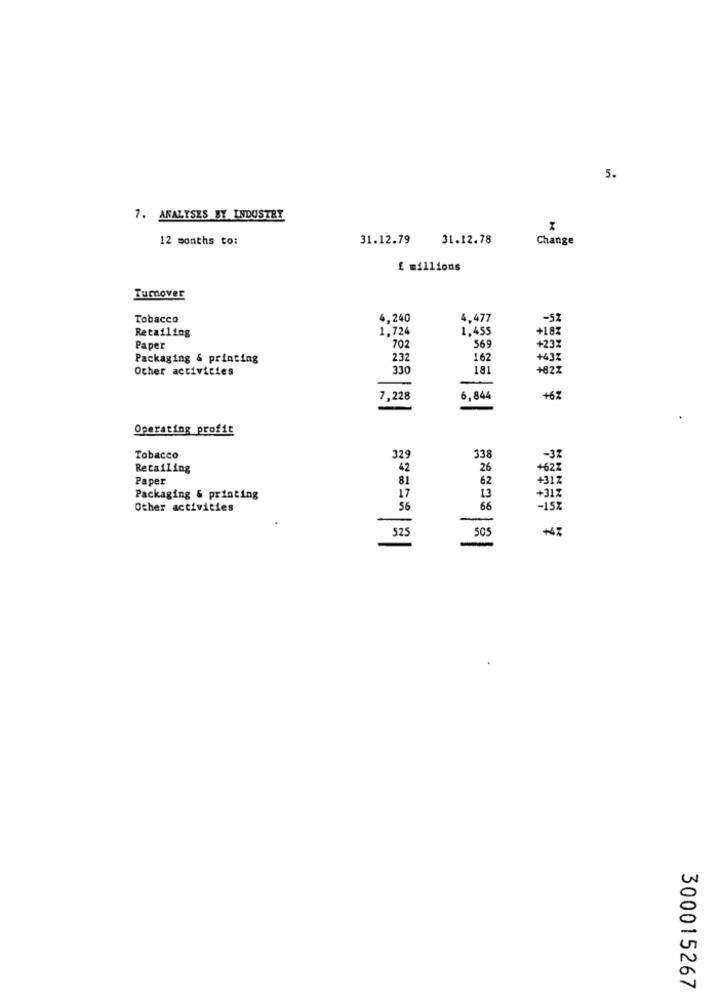
5.
7. ANALYSES BY INDUSTRY
12 months to:
31.12.79
31.12.78
Change
£ millions
Turnover
Tobacco
4,240
4.477
-52
Retailing
1,724
1,455
+18%
Paper
702
569
+23
Packaging & printing
232
162
+432
Other activities
330
181
+822
-
7,228
6,844
+62
=
Operating profit
£
Tobacco
338
-3
Retailing
26
+622
Paper
81
62
+312
Packaging & printing
17
13
+317
Other activities
56
66
- 15%
325
300015267